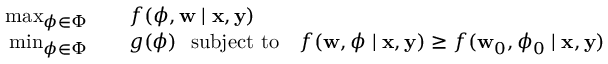
\begin{array} { r l } { \operatorname* { m a x } _ { { \boldsymbol \phi } \in \Phi } \quad } & { f ( { \boldsymbol \phi } , \mathbf w \mid \mathbf x , \mathbf y ) } \\ { \operatorname* { m i n } _ { { \boldsymbol \phi } \in \Phi } \quad } & { g ( { \boldsymbol \phi } ) ~ ~ \mathrm { s u b j e c t ~ t o ~ } ~ ~ f ( \mathbf w , { \boldsymbol \phi } \mid \mathbf x , \mathbf y ) \geq f ( \mathbf w _ { 0 } , { \boldsymbol \phi } _ { 0 } \mid \mathbf x , \mathbf y ) } \end{array}